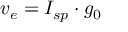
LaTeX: v _ { e } = I _ { s p } \cdot g _ { 0 }